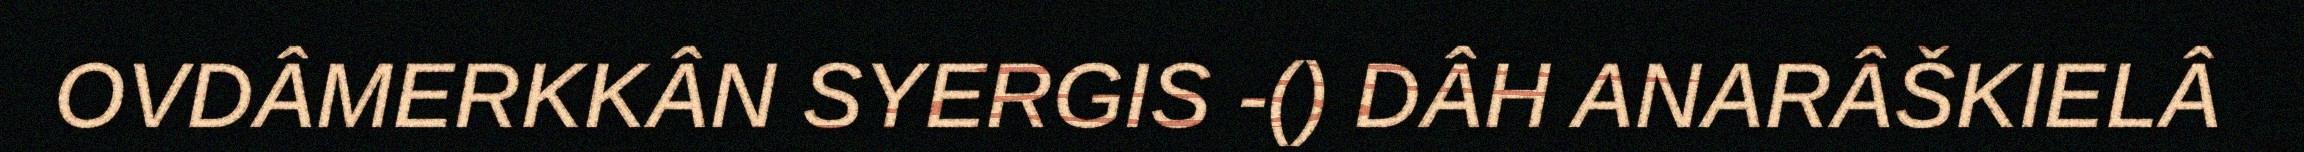
OVDÂMERKKÂN SYERGIS -() DÂH ANARÂŠKIELÂ